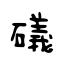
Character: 礒